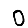
Digit: 0